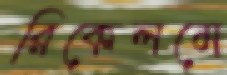
রিকেলমে